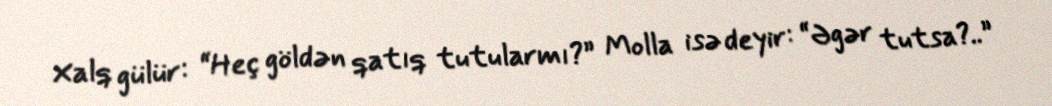
Xalq gülür: “Heç göldən qatıq tutularmı?” Molla isə deyir: “Əgər tutsa?..”